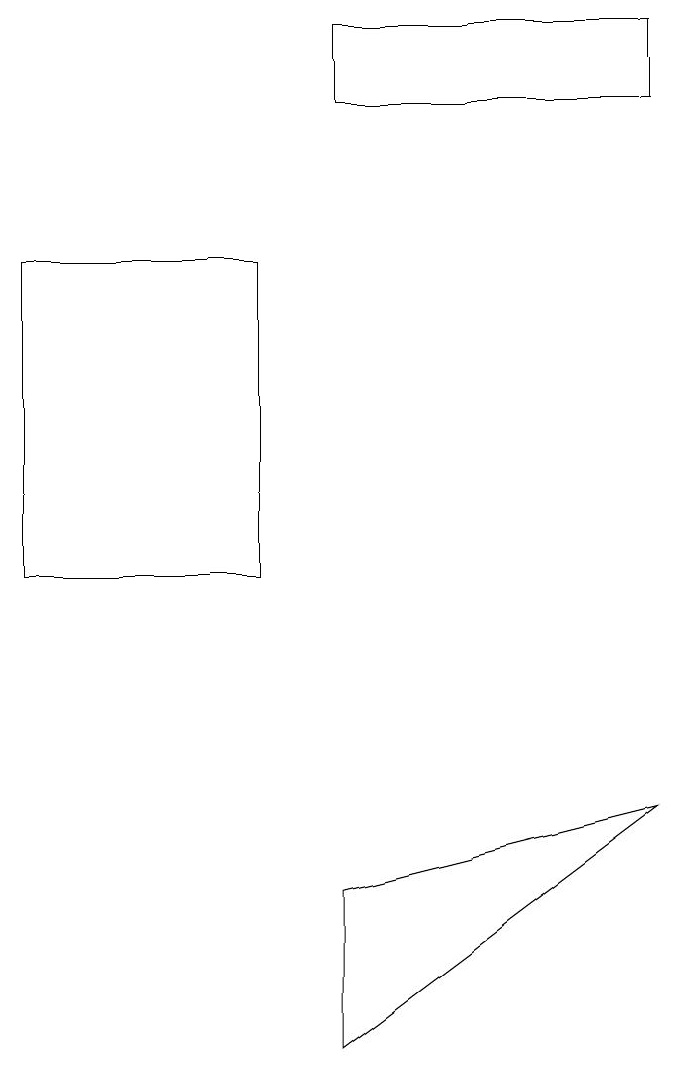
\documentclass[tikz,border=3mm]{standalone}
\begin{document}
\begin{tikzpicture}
\draw (4,18) rectangle (8,17);
\draw (4,7) -- (4,5) -- (8,8) -- cycle;
\draw (3,15) rectangle (0,11);
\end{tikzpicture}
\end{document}